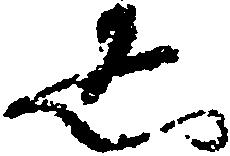
し